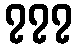
၇၇၇